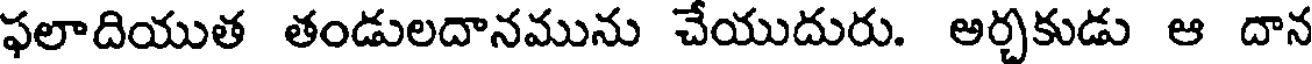
ఫలాదియుత తండులదానమును చేయుదురు. అర్చకుడు ఆ దాన